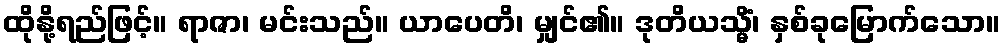
ထိုနို့ရည်ဖြင့်။ ရာဇာ၊ မင်းသည်။ ယာပေတိ၊ မျှင်၏။ ဒုတိယသ္မိံ၊ နှစ်ခုမြောက်သော။